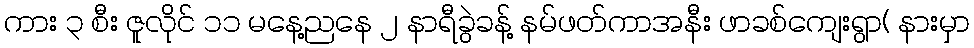
ကား ၃ စီး ဇူလိုင် ၁၁ မနေ့ညနေ ၂ နာရီခွဲခန့် နမ်ဖတ်ကာအနီး ဖာခစ်ကျေးရွာ( နားမှာ